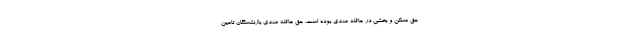
حق مسکن و بخشی در عائله مندی بوده است. حق عائله مندی بازنشستگان تامین